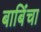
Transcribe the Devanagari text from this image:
बाबिंचा